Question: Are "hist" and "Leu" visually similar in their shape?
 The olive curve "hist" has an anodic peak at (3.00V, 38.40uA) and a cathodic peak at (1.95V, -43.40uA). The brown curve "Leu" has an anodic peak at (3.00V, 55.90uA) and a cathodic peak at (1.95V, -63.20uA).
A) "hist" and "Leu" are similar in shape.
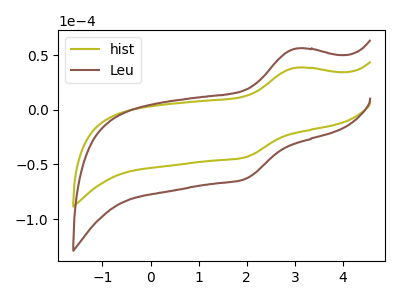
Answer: <think>All the peaks in "hist" have a peak in "Leu" at the same potential. Every peak in "hist" is lower than every peak in "Leu".
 </think>
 <answer>A) "hist" and "Leu" are similar in shape.</answer>
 <eval>A</eval>